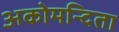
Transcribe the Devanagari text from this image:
अकोमन्दिता